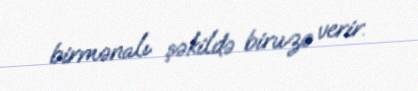
birmənalı şəkildə biruzə verir.